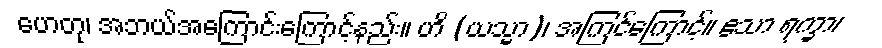
ဟေတု၊ အဘယ်အကြောင်းကြောင့်နည်း။ ဟိ (ယသ္မာ)၊ အကြင်ကြောင့်။ ဧသာ ရက္ခာ၊